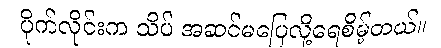
ပိုက်လိုင်းက သိပ် အဆင်မပြေလို့ရေစိမ့်တယ်။